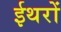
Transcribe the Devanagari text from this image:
ईथरों